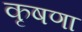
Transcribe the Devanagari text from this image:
कृषणा